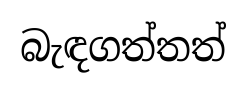
බැඳගත්තත්